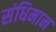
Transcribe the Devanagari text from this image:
संधिमान